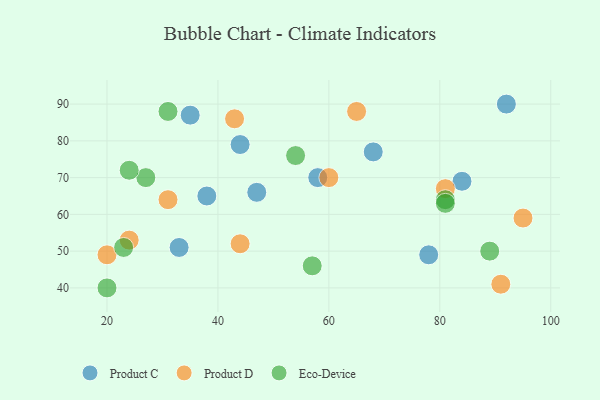
{"axis": {"x": "GDP", "y": "Life Expectancy"}, "legend": ["Eco-Device", "Product C", "Product D"], "data": [{"x": "58", "y": 70, "type": "Product C"}, {"x": "84", "y": 69, "type": "Product C"}, {"x": "47", "y": 66, "type": "Product C"}, {"x": "35", "y": 87, "type": "Product C"}, {"x": "78", "y": 49, "type": "Product C"}, {"x": "33", "y": 51, "type": "Product C"}, {"x": "68", "y": 77, "type": "Product C"}, {"x": "38", "y": 65, "type": "Product C"}, {"x": "92", "y": 90, "type": "Product C"}, {"x": "44", "y": 79, "type": "Product C"}, {"x": "60", "y": 70, "type": "Product D"}, {"x": "43", "y": 86, "type": "Product D"}, {"x": "81", "y": 67, "type": "Product D"}, {"x": "95", "y": 59, "type": "Product D"}, {"x": "44", "y": 52, "type": "Product D"}, {"x": "24", "y": 53, "type": "Product D"}, {"x": "20", "y": 49, "type": "Product D"}, {"x": "65", "y": 88, "type": "Product D"}, {"x": "31", "y": 64, "type": "Product D"}, {"x": "91", "y": 41, "type": "Product D"}, {"x": "89", "y": 50, "type": "Eco-Device"}, {"x": "54", "y": 76, "type": "Eco-Device"}, {"x": "81", "y": 64, "type": "Eco-Device"}, {"x": "20", "y": 40, "type": "Eco-Device"}, {"x": "27", "y": 70, "type": "Eco-Device"}, {"x": "23", "y": 51, "type": "Eco-Device"}, {"x": "31", "y": 88, "type": "Eco-Device"}, {"x": "24", "y": 72, "type": "Eco-Device"}, {"x": "81", "y": 63, "type": "Eco-Device"}, {"x": "57", "y": 46, "type": "Eco-Device"}]}